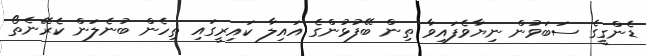
ޑެންގީގެ ސަބަވުން ނިޔާވެފައިވާ ތިން ބޭފުޅުންގެ އައިލާ ކައިރީގައި ތިހެން ބުނެލަން ކެރޭނެތޯ